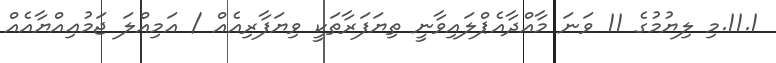
11.1.މި ލިޔުމުގެ 11 ވަނަ މާއްދާއެޕްލައިވާނީ ތިޔަފަރާތަކީ ވިޔަފާރިއެއް / އަމިއްލަ ޖަމުޢިއްޔާއެއް